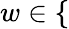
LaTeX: w\in\{